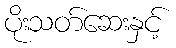
ပိုးသတ်ဆေးနှင့်